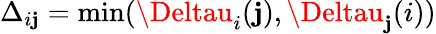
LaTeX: \Delta_{i\mathbf{j}}=\mathrm{{{min}}}(\Deltau_{i}(\mathbf{j}),\Deltau_{\mathbf{j}}(i))